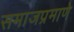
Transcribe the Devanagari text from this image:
समाजप्रमाणे